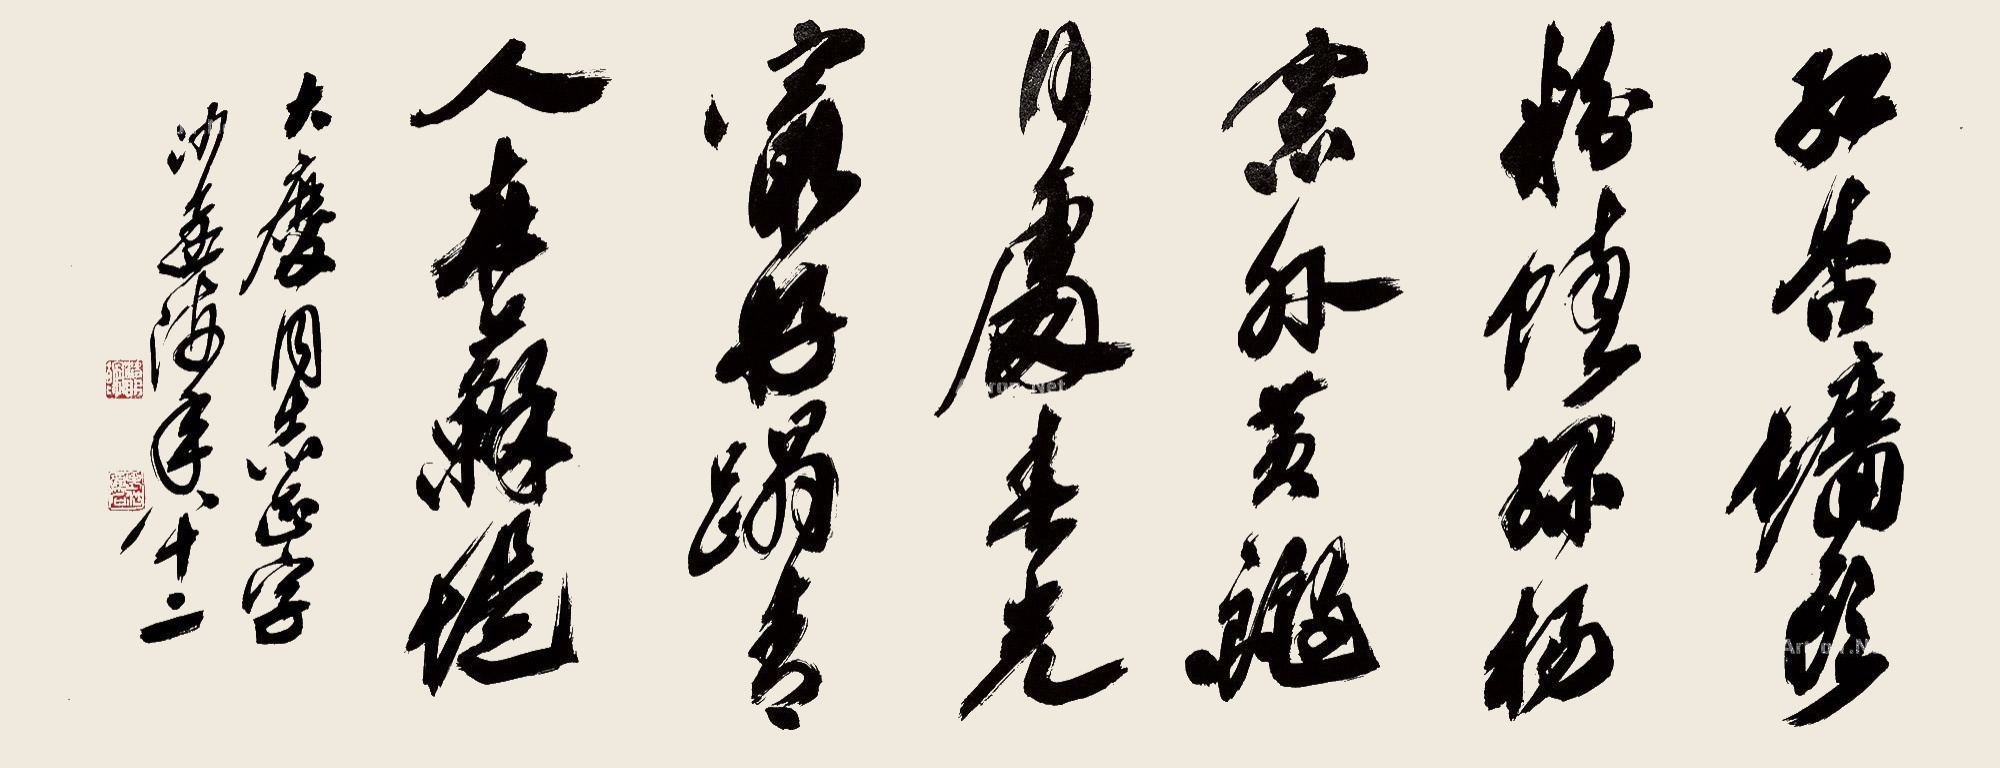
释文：红杏墙头粉蝶，绿杨窗外黄鹂。何处春光最好？踏青人在苏堤。大庆同志正字，沙孟海年八十二。